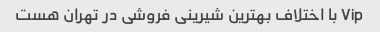
Vip با اختلاف بهترین شیرینی فروشی در تهران هست